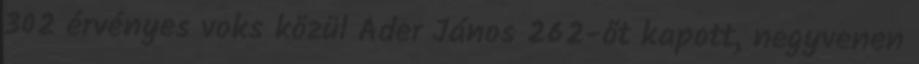
302 érvényes voks közül Áder János 262-őt kapott, negyvenen